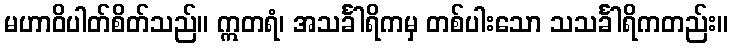
မဟာဝိပါတ်စိတ်သည်။ ဣတရံ၊ အသင်္ခါရိကမှ တစ်ပါးသော သသင်္ခါရိကတည်း။